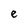
Character: e